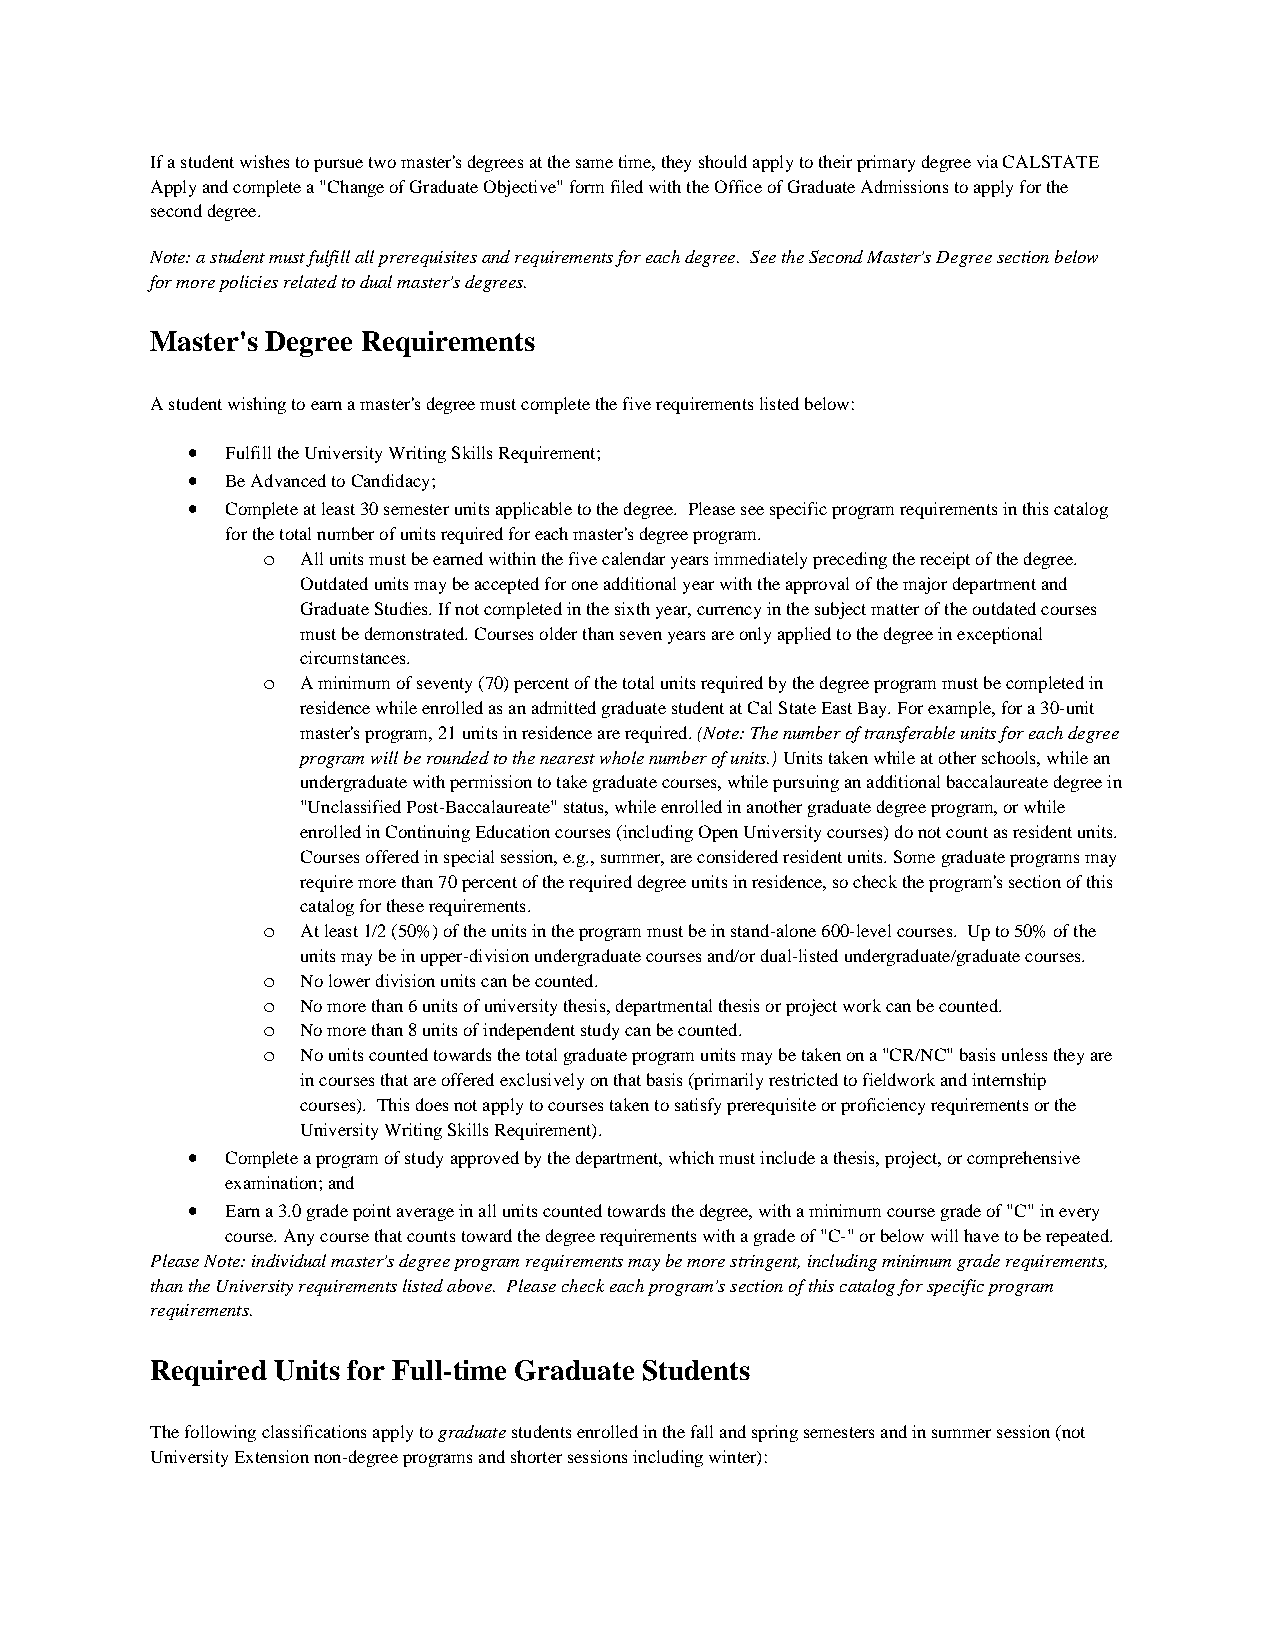
If a student wishes to pursue two master's degrees at the same time, they should apply to their primary degree via CALSTATE
 Apply and complete a "Change of Graduate Objective" form filed with the Office of Graduate Admissions to apply for the
 second degree.
 Note: a student must fulfill all prerequisites and requirements for each degree. See the Second Master's Degree section below
 for more policies related to dual master's degrees.
 Master's Degree Requirements
 A student wishing to earn a master's degree must complete the five requirements listed below:
 •  Fulfill the University Writing Skills Requirement;
 •  Be Advanced to Candidacy;
 •  Complete at least 30 semester units applicable to the degree. Please see specific program requirements in this catalog
 for the total number of units required for each master's degree program.
 o  All units must be earned within the five calendar years immediately preceding the receipt of the degree.
 Outdated units may be accepted for one additional year with the approval of the major department and
 Graduate Studies. If not completed in the sixth year, currency in the subject matter of the outdated courses
 must be demonstrated. Courses older than seven years are only applied to the degree in exceptional
 circumstances.
 o  A minimum of seventy (70) percent of the total units required by the degree program must be completed in
 residence while enrolled as an admitted graduate student at Cal State East Bay. For example, for a 30-unit
 master's program, 21 units in residence are required. (Note: The number of transferable units for each degree
 program will be rounded to the nearest whole number of units.) Units taken while at other schools, while an
 undergraduate with permission to take graduate courses, while pursuing an additional baccalaureate degree in
 "Unclassified Post-Baccalaureate" status, while enrolled in another graduate degree program, or while
 enrolled in Continuing Education courses (including Open University courses) do not count as resident units.
 Courses offered in special session, e.g., summer, are considered resident units. Some graduate programs may
 require more than 70 percent of the required degree units in residence, so check the program's section of this
 catalog for these requirements.
 o  At least 1/2 (50%) of the units in the program must be in stand-alone 600-level courses. Up to 50% of the
 units may be in upper-division undergraduate courses and/or dual-listed undergraduate/graduate courses.
 o  No lower division units can be counted.
 o  No more than 6 units of university thesis, departmental thesis or project work can be counted.
 o  No more than 8 units of independent study can be counted.
 o  No units counted towards the total graduate program units may be taken on a "CR/NC" basis unless they are
 in courses that are offered exclusively on that basis (primarily restricted to fieldwork and internship
 courses). This does not apply to courses taken to satisfy prerequisite or proficiency requirements or the
 University Writing Skills Requirement).
 •  Complete a program of study approved by the department, which must include a thesis, project, or comprehensive
 examination; and
 •  Earn a 3.0 grade point average in all units counted towards the degree, with a minimum course grade of "C" in every
 course. Any course that counts toward the degree requirements with a grade of "C-" or below will have to be repeated.
 Please Note: individual master's degree program requirements may be more stringent, including minimum grade requirements,
 than the University requirements listed above. Please check each program's section of this catalog for specific program
 requirements.
 Required Units for Full-time Graduate Students
 The following classifications apply to graduate students enrolled in the fall and spring semesters and in summer session (not
 University Extension non-degree programs and shorter sessions including winter):